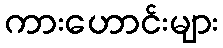
ကားဟောင်းများ